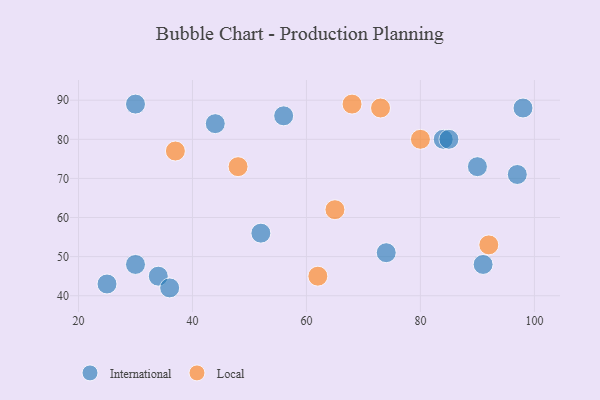
{"axis": {"x": "GDP", "y": "Life Expectancy"}, "legend": ["International", "Local"], "data": [{"x": "52", "y": 56, "type": "International"}, {"x": "34", "y": 45, "type": "International"}, {"x": "97", "y": 71, "type": "International"}, {"x": "25", "y": 43, "type": "International"}, {"x": "90", "y": 73, "type": "International"}, {"x": "91", "y": 48, "type": "International"}, {"x": "30", "y": 89, "type": "International"}, {"x": "84", "y": 80, "type": "International"}, {"x": "30", "y": 48, "type": "International"}, {"x": "56", "y": 86, "type": "International"}, {"x": "36", "y": 42, "type": "International"}, {"x": "85", "y": 80, "type": "International"}, {"x": "98", "y": 88, "type": "International"}, {"x": "74", "y": 51, "type": "International"}, {"x": "44", "y": 84, "type": "International"}, {"x": "62", "y": 45, "type": "Local"}, {"x": "37", "y": 77, "type": "Local"}, {"x": "68", "y": 89, "type": "Local"}, {"x": "92", "y": 53, "type": "Local"}, {"x": "80", "y": 80, "type": "Local"}, {"x": "48", "y": 73, "type": "Local"}, {"x": "73", "y": 88, "type": "Local"}, {"x": "65", "y": 62, "type": "Local"}]}